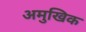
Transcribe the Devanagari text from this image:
अमुखिक